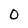
Character: 0